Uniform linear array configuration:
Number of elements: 8
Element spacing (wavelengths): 0.5
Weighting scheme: kaiser
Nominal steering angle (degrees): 15
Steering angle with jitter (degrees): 15.097
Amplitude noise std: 0.05
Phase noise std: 0.05

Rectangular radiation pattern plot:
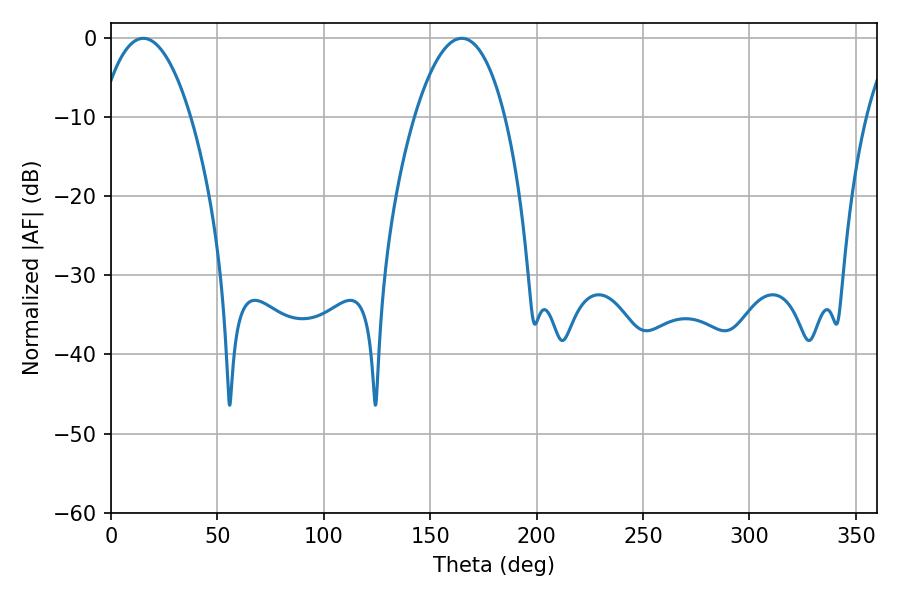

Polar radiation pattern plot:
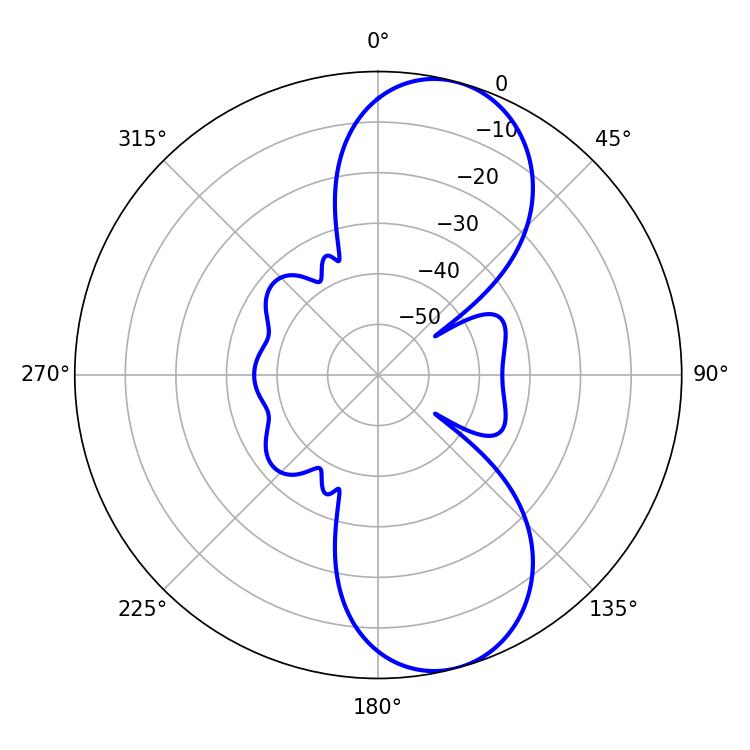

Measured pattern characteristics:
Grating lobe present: FALSE
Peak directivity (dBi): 9.302
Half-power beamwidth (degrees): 23.76
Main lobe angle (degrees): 15.12